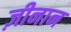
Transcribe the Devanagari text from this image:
ज़ीनान